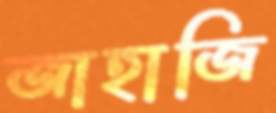
জাহাজি